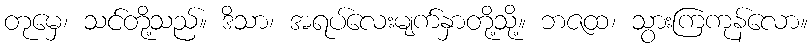
တုမှေ၊ သင်တို့သည်။ ဒိသာ၊ အရပ်လေးမျက်နှာတို့သို့။ ဘဇထ၊ သွားကြကုန်လော။